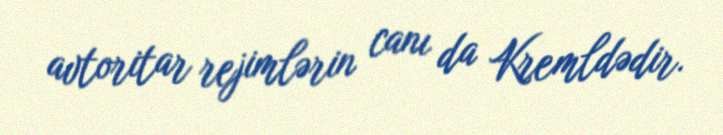
avtoritar rejimlərin canı da Kremldədir.